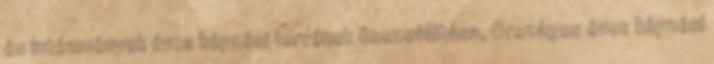
és intézmények éves képzési tervének összeállítása, Országos éves képzési